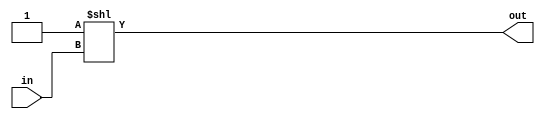

module one_hot(in,out);
  

    localparam  binary_width = 4;
    localparam one_hot_width = 16;
    input   wire[binary_width-1:0] in;
    output  reg[one_hot_width-1:0] out;

    always@(*)begin
        out = 1'b1<<in;
    end
    


endmodule